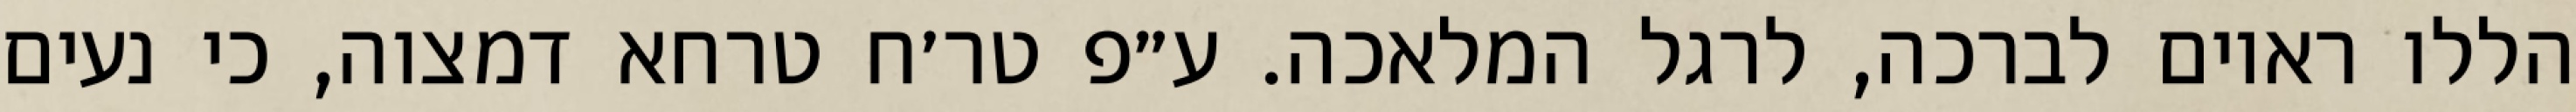
הללו ראוים לברכה, לרגל המלאכה. ע״פ טר׳ח טרחא דמצוה, כי נעים